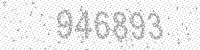
Solution: 946893